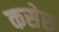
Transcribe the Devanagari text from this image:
कसेरु